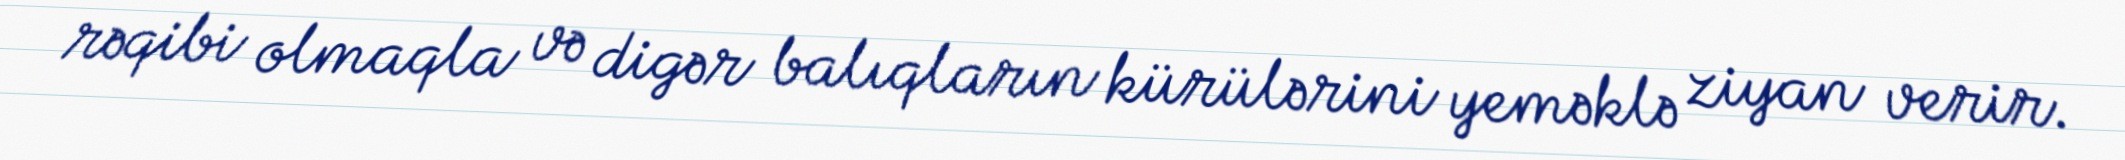
rəqibi olmaqla və digər balıqların kürülərini yeməklə ziyan verir.